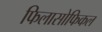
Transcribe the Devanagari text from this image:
फिलासोफिकल